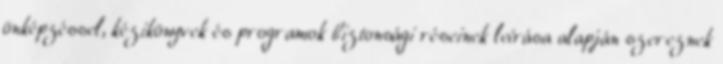
önképzéssel, kézikönyvek és programok biztonsági réseinek leírása alapján szereznek